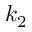
k _ { 2 }